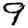
Digit: 9